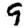
Digit: 9